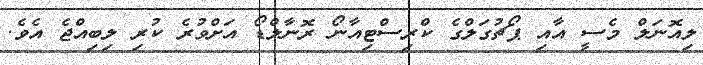
ލިއޮނަލް މެސީ އާއި ޕޯޗުގަލްގެ ކްރިސްޓިއާނޯ ރޮނާލްޑޯ އަށްވުރެ ކުރި ލިބިއްޖެ އެވެ.